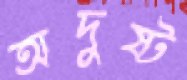
অদুষ্ট